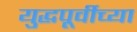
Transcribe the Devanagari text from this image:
युद्धपूर्वीच्या